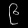
Digit: ၉